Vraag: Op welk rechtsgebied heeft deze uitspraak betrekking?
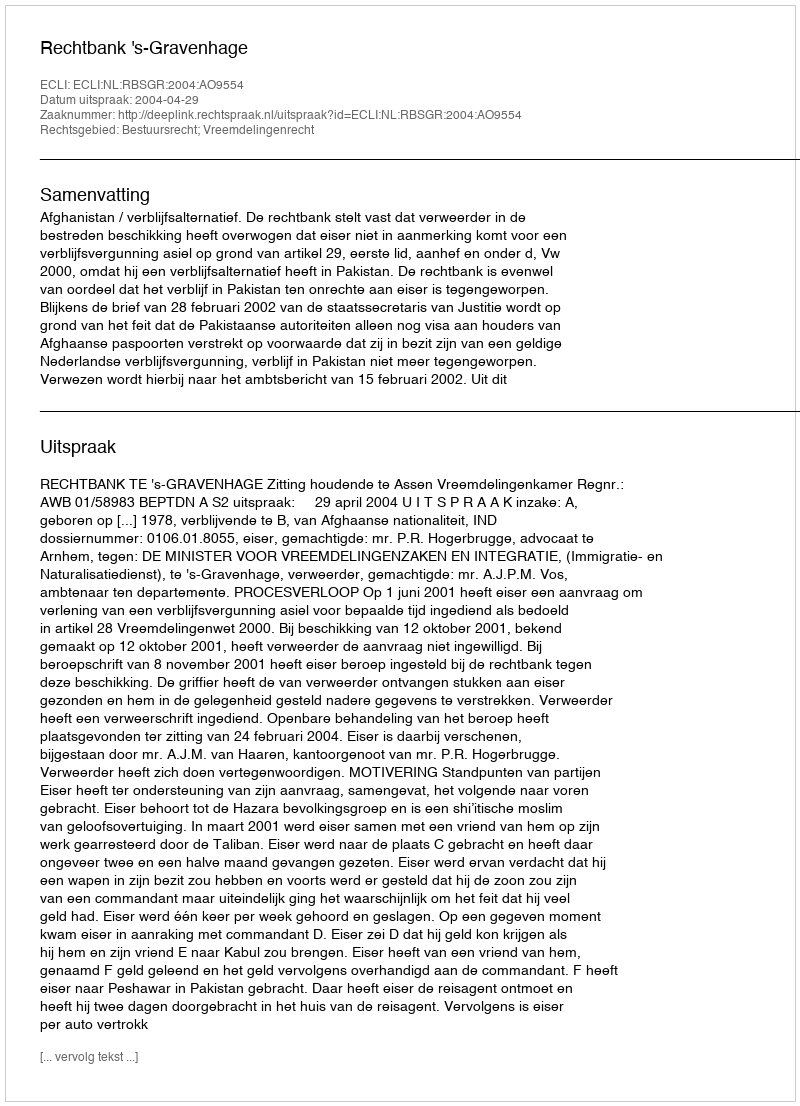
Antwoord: Bestuursrecht; Vreemdelingenrecht